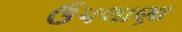
ઉપલાણા